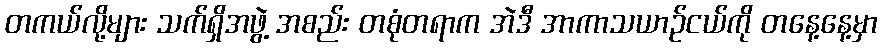
တကယ်လို့များ သက်ရှိအဖွဲ့ အစည်း တစုံတရာက အဲဒီ အာကာသယာဉ်ငယ်ကို တနေ့နေ့မှာ